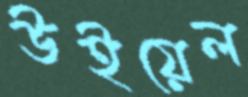
উইয়েল